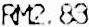
RM2.83